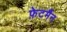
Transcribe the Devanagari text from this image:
फ़ेटर्मैन